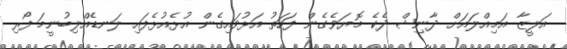
އަލީޒާ އަމިއްލައަށް ދާނިޝް ދެކެ މޮޔަވެގެން ފަހަތު އަޅުވައިގެން އުޅެއުޅެފައި ލަނޑެއްލިބުނީމަ ފޯރި